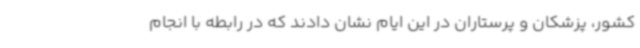
کشور، پزشکان و پرستاران در این ایام نشان دادند که در رابطه با انجام